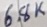
Text: 6.8K